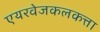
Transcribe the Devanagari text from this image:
एयरवेजकलकत्ता